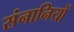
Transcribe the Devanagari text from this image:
संनानियों